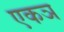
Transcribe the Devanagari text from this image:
एकञ